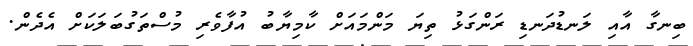
ބިނގާ އާއި ލަނޑުދަނޑި ރަންގަޅު ތިޔަ މަންމައަށް ކާމިޔާބު އުފާވެރި މުސްތަގުބަލަކަށް އެދެން.